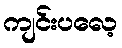
ကျင်းပလေ့